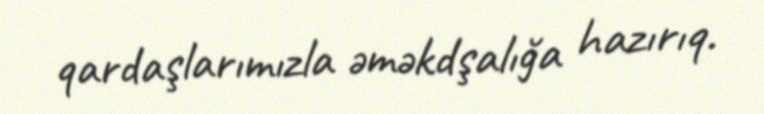
qardaşlarımızla əməkdşalığa hazırıq.